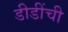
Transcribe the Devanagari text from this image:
डीडींची